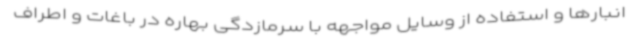
انبارها و استفاده از وسایل مواجهه با سرمازدگی بهاره در باغات و اطراف